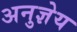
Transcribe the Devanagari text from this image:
अनुज्ञेय